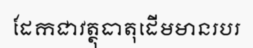
ដែកជាវត្ថុធាតុដើមមានរបរ